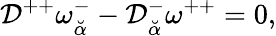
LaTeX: {\cal D}^{++}\omega_{\breve{\alpha}}^{-}-{\cal D}_{\breve{\alpha}}^{-}\omega^{++}=0,